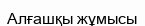
Алғашқы жұмысы